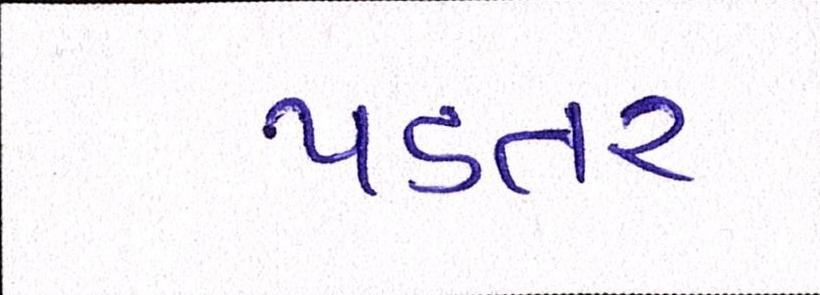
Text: પડતર